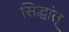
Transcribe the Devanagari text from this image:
सिद्धांत्‌